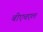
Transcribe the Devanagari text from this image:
बीएचएल